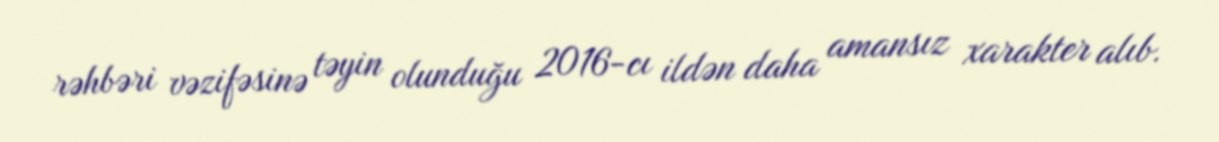
rəhbəri vəzifəsinə təyin olunduğu 2016-cı ildən daha amansız xarakter alıb.